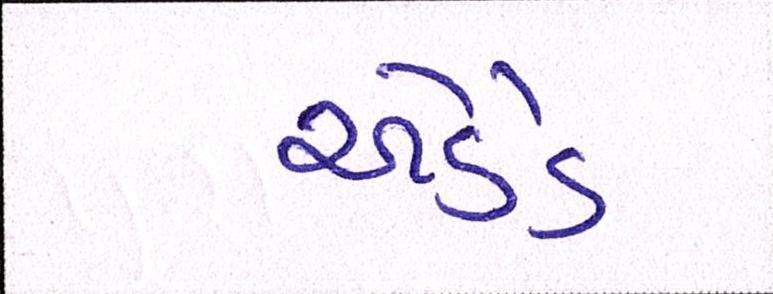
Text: એડેડ